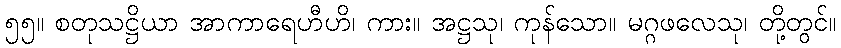
၅၅။ စတုသဋ္ဌိယာ အာကာရေဟီဟိ၊ ကား။ အဋ္ဌသု၊ ကုန်သော။ မဂ္ဂဖလေသု၊ တို့တွင်။